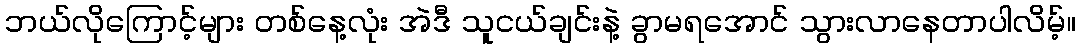
ဘယ်လိုကြောင့်များ တစ်နေ့လုံး အဲဒီ သူငယ်ချင်းနဲ့ ခွာမရအောင် သွားလာနေတာပါလိမ့်။